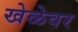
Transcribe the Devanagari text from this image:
खेळेवर